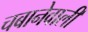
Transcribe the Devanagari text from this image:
चबानेवाली